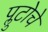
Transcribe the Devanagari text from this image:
प्लुटोचे